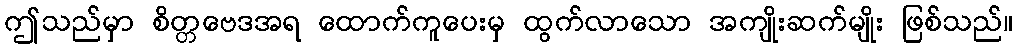
ဤသည်မှာ စိတ္တဗေဒအရ ထောက်ကူပေးမှ ထွက်လာသော အကျိုးဆက်မျိုး ဖြစ်သည်။